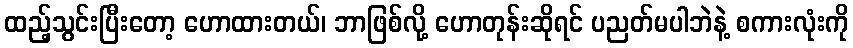
ထည့်သွင်းပြီးတော့ ဟောထားတယ်၊ ဘာဖြစ်လို့ ဟောတုန်းဆိုရင် ပညတ်မပါဘဲနဲ့ စကားလုံးကို